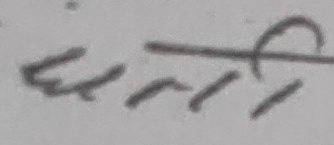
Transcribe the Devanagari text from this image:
धर्ती